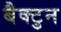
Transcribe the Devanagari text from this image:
बैक्टुन